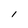
Character: l